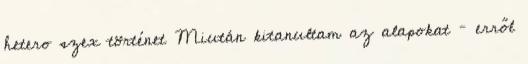
hetero szex történet Miután kitanultam az alapokat – erről